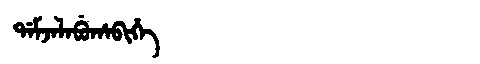
Manchu: ᡩᠠᠮᠵᠠᠯᠠᠪᡠᡥᠠᠪᡳᡥᡝ
Romanization: DAMJALABUHABIHE